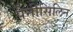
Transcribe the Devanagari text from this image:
पेनीसिलिन